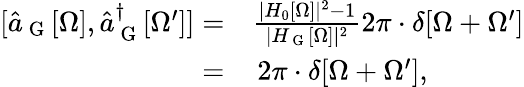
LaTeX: \begin{array}{rl}{[\hat{a}_{\mathrm{~G~}}[\Omega],\hat{a}_{\mathrm{~G~}}^{\dagger}[\Omega^{\prime}]]=}&{{}\frac{|H_{0}[\Omega]|^{2}-1}{|H_{\mathrm{~G~}}[\Omega]|^{2}}2\pi\cdot\delta[\Omega+\Omega^{\prime}]}\\ {=}&{{}\, 2\pi\cdot\delta[\Omega+\Omega^{\prime}],}\end{array}